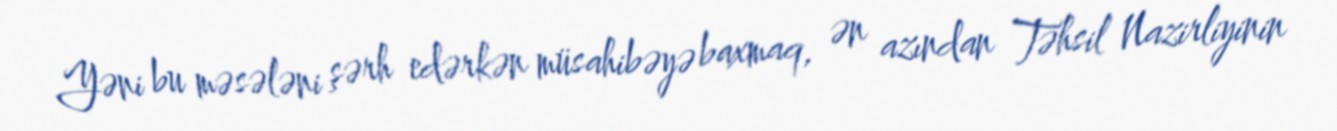
Yəni bu məsələni şərh edərkən müsahibəyə baxmaq, ən azından Təhsil Nazirliyinin